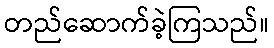
တည်ဆောက်ခဲ့ကြသည်။